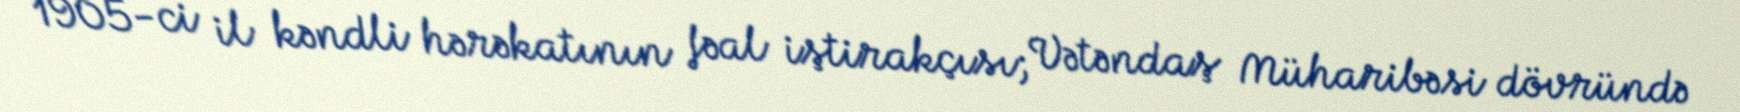
1905-ci il kəndli hərəkatının fəal iştirakçısı; Vətəndaş Müharibəsi dövründə